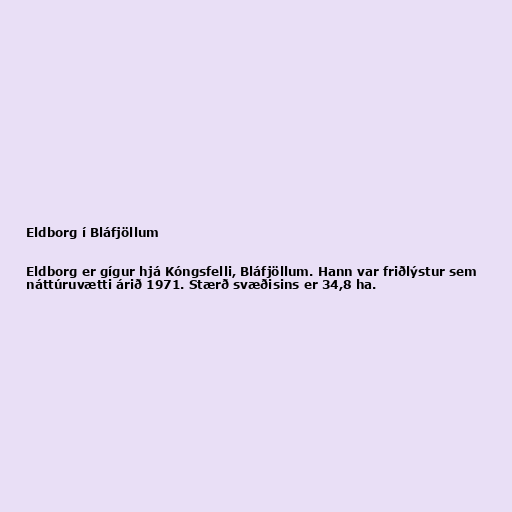
Eldborg í Bláfjöllum

Eldborg er gígur hjá Kóngsfelli, Bláfjöllum. Hann var friðlýstur sem
náttúruvætti árið 1971. Stærð svæðisins er 34,8 ha.